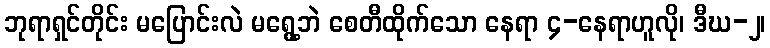
ဘုရာရှင်တိုင်း မပြောင်းလဲ မရွေ့ဘဲ စေတီထိုက်သော နေရာ ၄-နေရာဟူလို၊ ဒီဃ-၂၊